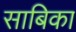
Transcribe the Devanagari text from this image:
साबिका